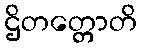
ဌိတတ္တောတိ